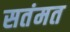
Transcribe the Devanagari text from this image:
सतंमत